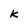
Character: k